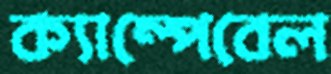
ক্যাম্পেবেল